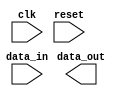
module apb_controller (
    input wire clk,
    input wire reset,
    input wire [7:0] data_in,
    output reg [7:0] data_out
);

// Timing parameters
parameter integer clock_freq = 100000000; // Clock frequency in Hz
parameter integer setup_time = 2; // Setup time in clock cycles
parameter integer hold_time = 1; // Hold time in clock cycles

// Synchronization logic
reg [7:0] data_synced;
always @(posedge clk) begin
    if (reset) begin
        data_synced <= 8'h00;
    end else begin
        data_synced <= data_in;
    end
end

// Error detection and correction mechanisms
reg sync_error;
always @(posedge clk) begin
    if (reset) begin
        sync_error <= 1'b0;
    end else begin
        if (data_in !== data_out) begin
            sync_error <= 1'b1;
            data_synced <= data_out;
        end else begin
            sync_error <= 1'b0;
        end
    end
end

// APB bus controller logic
always @(posedge clk) begin
    if (!reset && !sync_error) begin
        // Your APB bus controller logic here
    end
end

endmodule